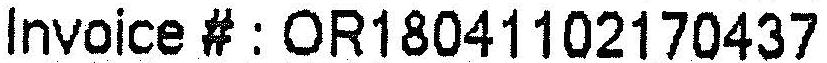
INVOICE # : OR18041102170437